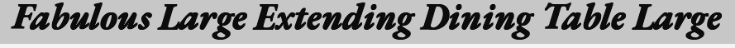
Fabulous Large Extending Dining Table Large